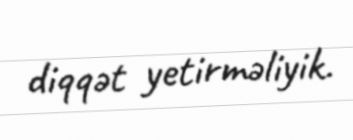
diqqət yetirməliyik.